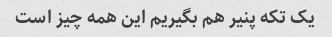
یک تکه پنیر هم بگیریم این همه چیز است